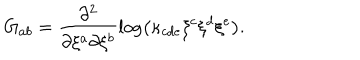
G _ { a b } = \frac { \partial ^ { 2 } } { \partial \xi ^ { a } \partial \xi ^ { b } } \log \left( \kappa _ { c d e } \xi ^ { c } \xi ^ { d } \xi ^ { e } \right) .